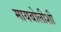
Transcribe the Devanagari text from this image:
मायबोलीशी